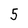
Character: 5